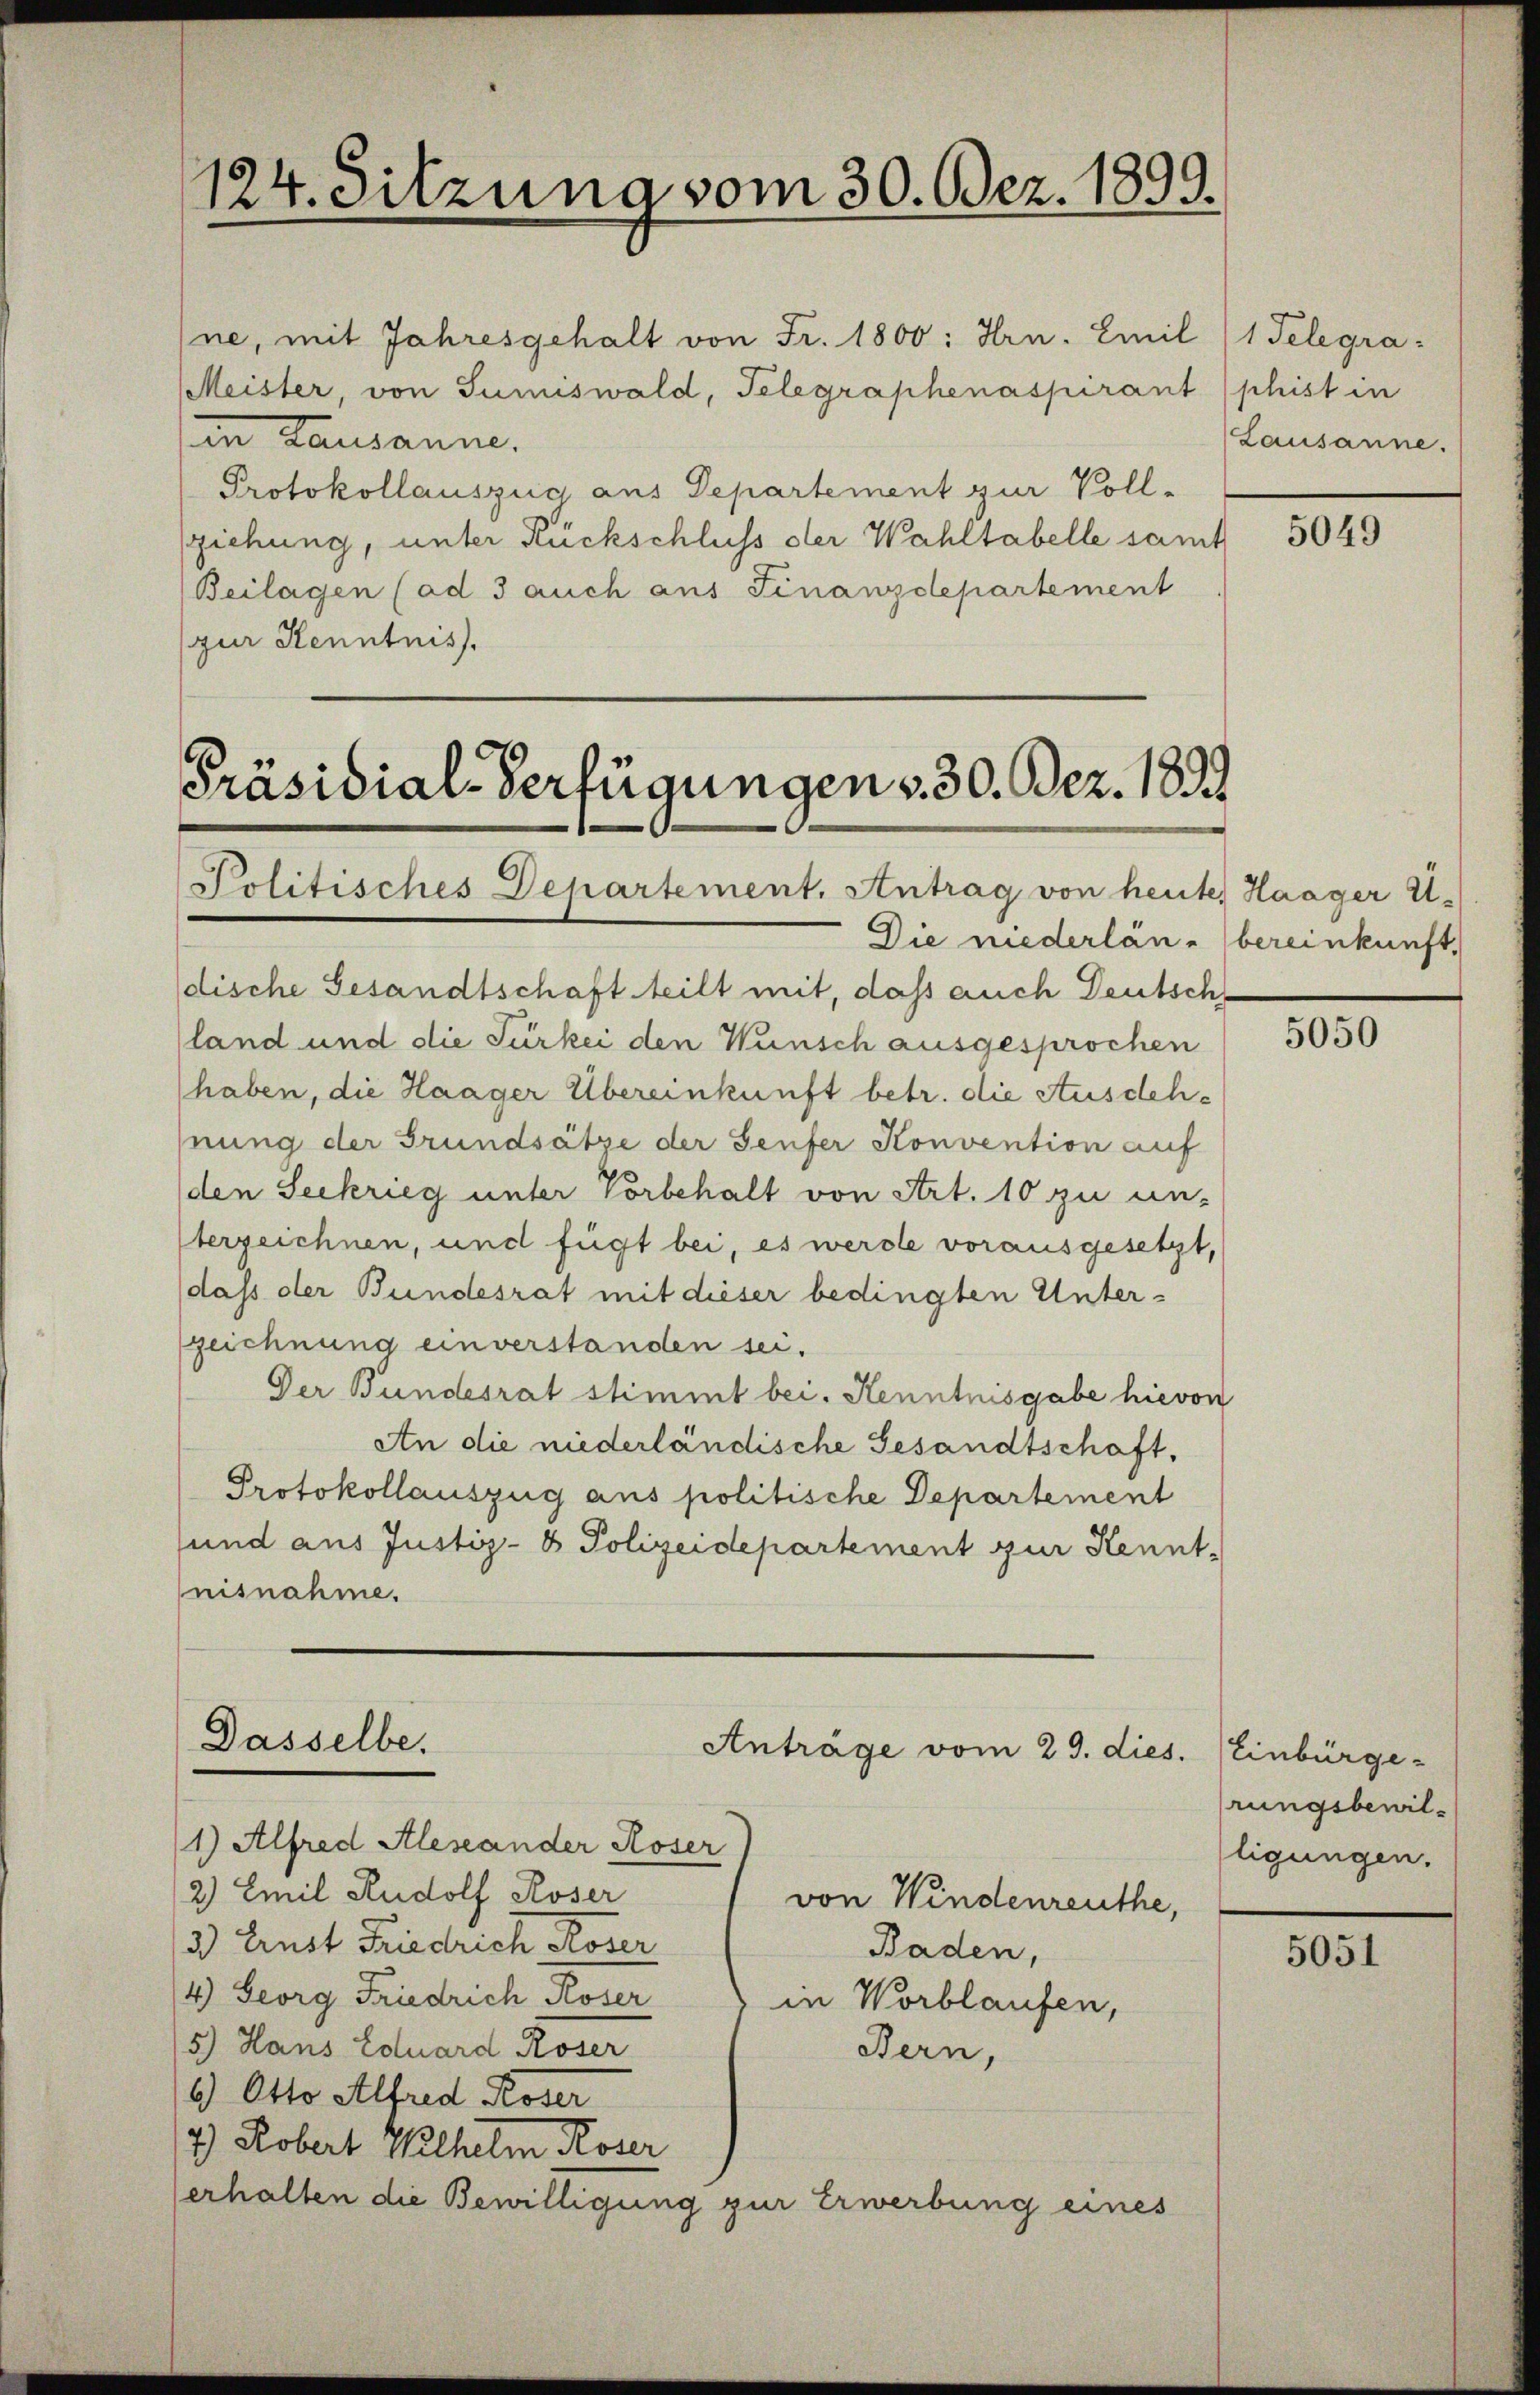
124. Sitzung vom 30. Bez. 1899.

Präsidial-Verfügungen v. 30. Bez. 1899
Politisches Departement. Antrag von heute. Haager U.

Dasselbe.

ne, mit Jahresgehalt von Fr. 1800: Hrn. Emil
Meister, von Sumiswald, Telegraphenaspirant phist in
in Lausanne.
Protokollauszug aus Departement zur Voll-
ziehung, unter Rückschluss der Wahltabelle samt
Beilagen (ad 3 auch aus Finanzdepartement
(zur Kenntnis.

Die niederläne bereinkunft,
dische Gesandtschaft teilt mit, daß auch Deutsch
land und die Türkei den Wünsch ausgesprochen
haben, die Haager Übereinkunft betr. die Ausdehhnung der Grundsätze der Genfer Konvention auf
den Seekrieg unter Vorbehalt von Art. 10 zu un-
terzeichnen, und fügt bei, es werde vorausgesetzt,
dass der Bundesrat mit dieser bedingten Unterzeichnung einverstanden sei.
Der Bundesrat stimmt bei. Kenntnisgabe hievon
An die niederländische Gesandtschaft,
Protokollauszug aus politische Departement
und aus Justiz- & Polizeidepartement zur Kennt-
nisnahme.

1) Alfred Aleseander Roser
2) Emil Rudolf Roser
3.) Ernst Friedrich Koser
Baden,
4) Georg Friedrich Roser
in Worblaufen,
5.) Hans Eduard Roser
Bern,
1) Otto Alfred Roser
2) Robert Wilhelm Roser
erhalten die Bewilligung zur Erwerbung eines

Anträge vom 29. dies.
von Windenreuthe,

1 Telegra
(Lausanne.

5049

5050

Einbürge-
rungsbewilligungen.

5051